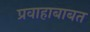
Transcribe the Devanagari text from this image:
प्रवाहाबाबत